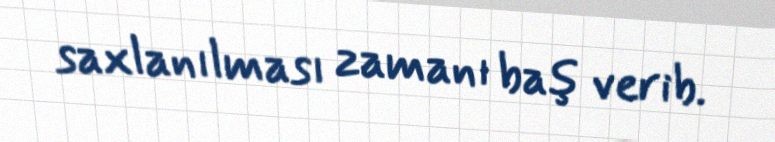
saxlanılması zamanı baş verib.